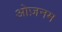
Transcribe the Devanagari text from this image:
ओज़नम